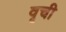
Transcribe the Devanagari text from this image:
वृची